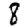
Digit: 8